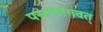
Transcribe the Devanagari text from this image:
परमभागवत्